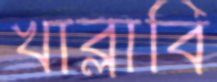
খাব্‌লাবি